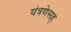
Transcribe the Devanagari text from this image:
यंत्रणेसह